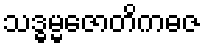
သဒ္ဓမ္မဇောတိကဓဇ